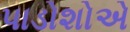
પાડોશોએ